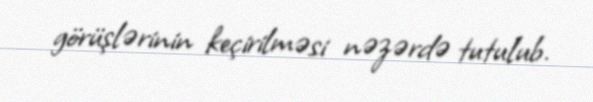
görüşlərinin keçirilməsi nəzərdə tutulub.